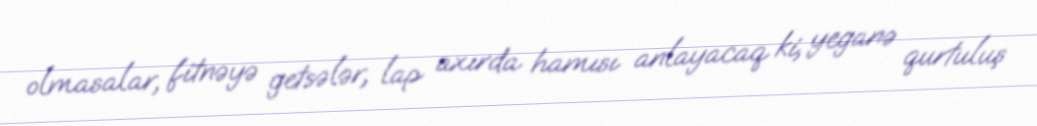
olmasalar, fitnəyə getsələr, lap axırda hamısı anlayacaq ki, yeganə qurtuluş